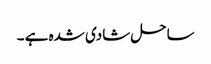
ساحل شادی شدہ ہے ۔